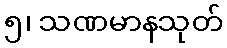
၅၊ သဏမာနသုတ်